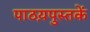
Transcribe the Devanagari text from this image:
पाठय़पुस्तकें